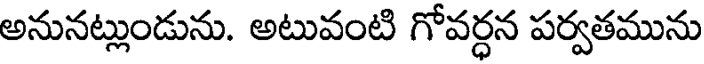
అనునట్లుండును. అటువంటి గోవర్ధన పర్వతమును